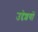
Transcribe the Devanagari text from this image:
उद्देशयों